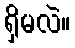
ရှိမလဲ။